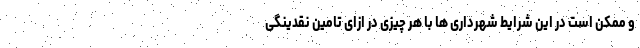
و ممکن است در این شرایط شهرداری ها با هر چیزی در ازای تامین نقدینگی